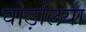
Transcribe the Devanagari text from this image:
घोड़लिया